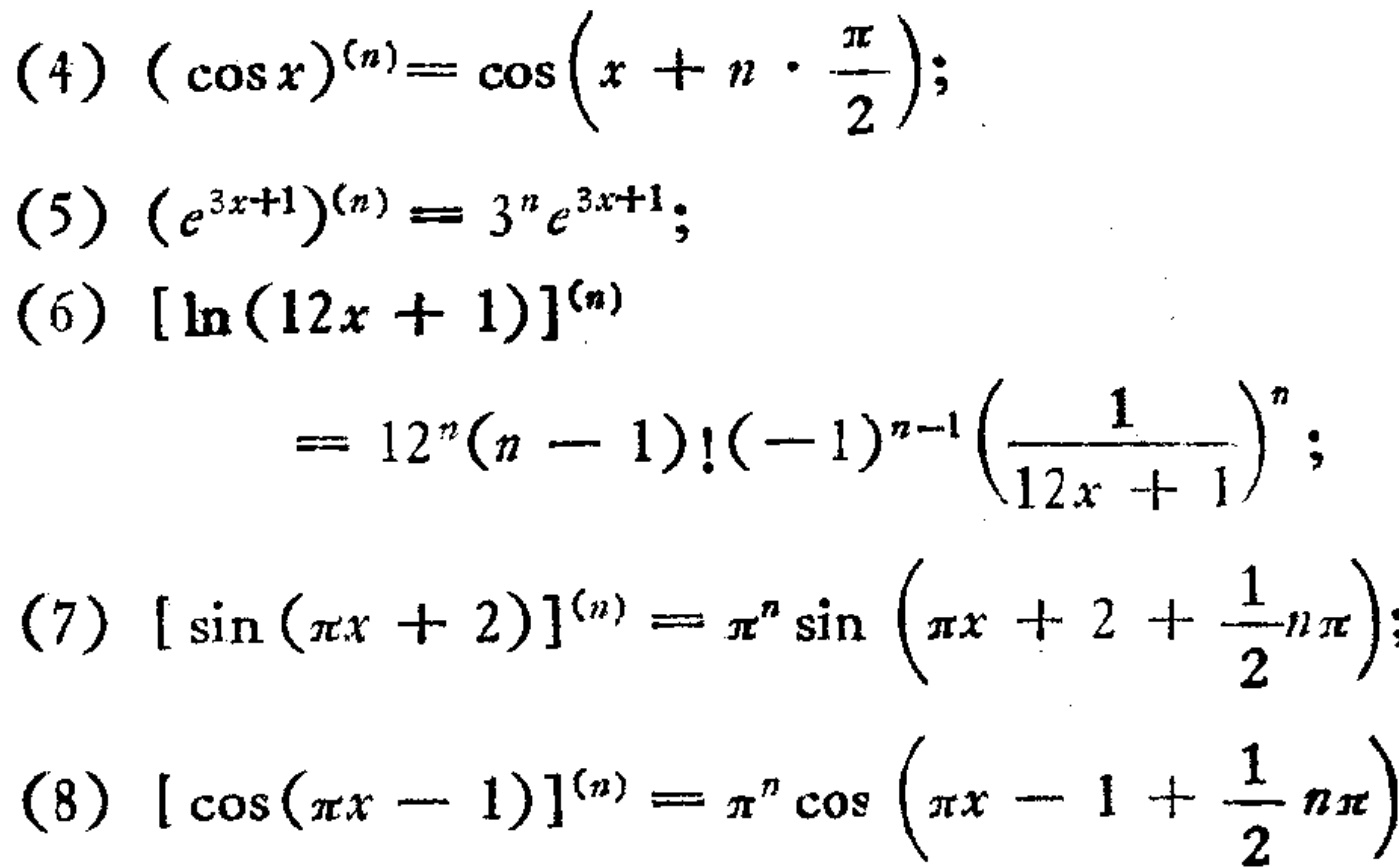
(4) \((\cos x)^{(n)} = \cos\left(x + n\cdot\frac{\pi}{2}\right)\);
(5) \((e^{3x + 1})^{(n)} = 3^{n}e^{3x + 1}\);
(6) \([\ln(12x + 1)]^{(n)} = 12^{n}(n - 1)!(-1)^{n - 1}\left(\frac{1}{12x + 1}\right)^{n}\);
(7) \([\sin(\pi x + 2)]^{(n)} = \pi^{n}\sin\left(\pi x + 2+\frac{1}{2}n\pi\right)\);
(8) \([\cos(\pi x - 1)]^{(n)} = \pi^{n}\cos\left(\pi x - 1+\frac{1}{2}n\pi\right)\)